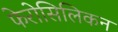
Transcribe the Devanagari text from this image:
फेरोसिलिकन